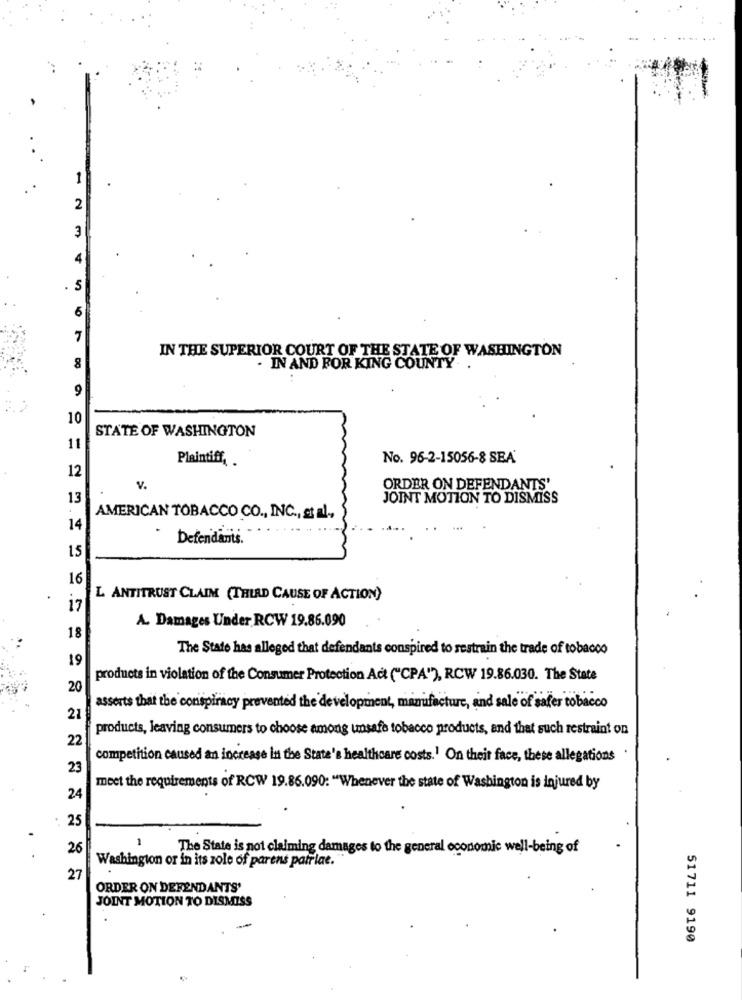
-
2
. 5
6
7
IN THE SUPERIOR COURT OF THE STATE OF WASHINGTON
8
. IN AND FOR KING COUNTY. .
10
STATE OF WASHINGTON
11
Plaintiff,
No. 96-2-15056-8 SEA'
12
V.
ORDER ON DEFENDANTS'
13
JOINT MOTION TO DISMISS
AMERICAN TOBACCO CO ., INC ., et al .,
14
Defendants.
15
16
L ANTITRUST CLAIM (THLAD CAUSE OF ACTION)
17
A. Damages Under RCW 19.86.090
18
The State has alleged that defendants conspired to restrain the trade of tobacco
19
products in violation of the Consumer Protection Act ("CPA"), RCW 19.86.030. The State
20
asserts that the conspiracy prevented the development, manufacture, and sale of safer tobacco
21
products, leaving consumers to choose among unsafe tobacco products, and that such restraint on
22
competition caused an increase in the State's healthcare costs.1 On their face, these allegations
23
meet the requirements of RCW 19.86.090: "Whenever the state of Washington is injured by
24
25
1
26
The State is not claiming damages to the general economic well-being of
Washington or in its zole of parens patriae."
27
ORDER ON DEFENDANTS'
JOINT MOTION TO DISMISS
51711 9190